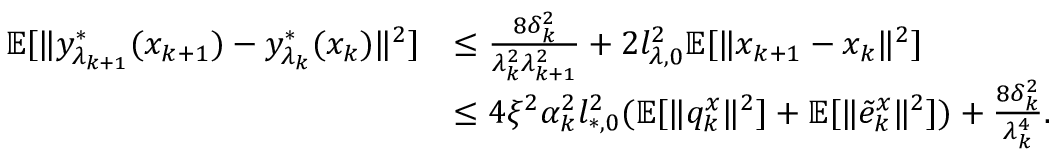
\begin{array} { r l } { \mathbb { E } [ \| y _ { \lambda _ { k + 1 } } ^ { * } ( x _ { k + 1 } ) - y _ { \lambda _ { k } } ^ { * } ( x _ { k } ) \| ^ { 2 } ] } & { \le \frac { 8 \delta _ { k } ^ { 2 } } { \lambda _ { k } ^ { 2 } \lambda _ { k + 1 } ^ { 2 } } + 2 l _ { \lambda , 0 } ^ { 2 } \mathbb { E } [ \| x _ { k + 1 } - x _ { k } \| ^ { 2 } ] } \\ & { \le 4 \xi ^ { 2 } \alpha _ { k } ^ { 2 } l _ { * , 0 } ^ { 2 } ( \mathbb { E } [ \| q _ { k } ^ { x } \| ^ { 2 } ] + \mathbb { E } [ \| \tilde { e } _ { k } ^ { x } \| ^ { 2 } ] ) + \frac { 8 \delta _ { k } ^ { 2 } } { \lambda _ { k } ^ { 4 } } . } \end{array}